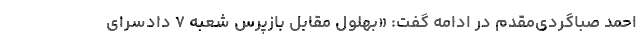
احمد صباگردی‌مقدم در ادامه گفت: «بهلول مقابل بازپرس شعبه ۷ دادسرای